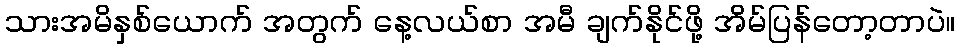
သားအမိနှစ်ယောက် အတွက် နေ့လယ်စာ အမီ ချက်နိုင်ဖို့ အိမ်ပြန်တော့တာပဲ။